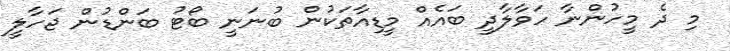
މި ދެ މީހުންނާ ހަވާލާދީ ބައެއް މީޑިއާތަކުން ބުނަނީ ބޯޓު ބަންޑުން ޖަހާލީ